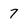
Character: 7